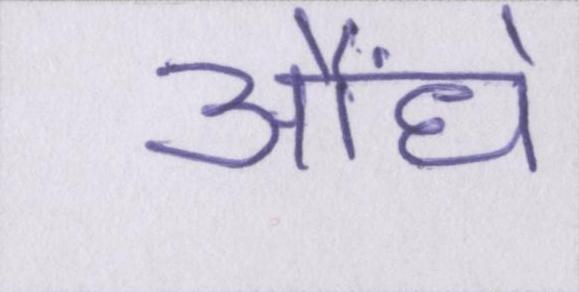
औंधे